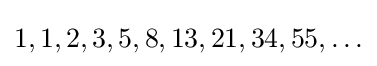
1,1,2,3,5,8,13,21,34,55,\ldots